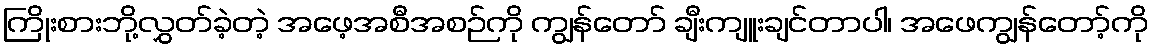
ကြိုးစားဘို့လွှတ်ခဲ့တဲ့ အဖေ့အစီအစဉ်ကို ကျွန်တော် ချီးကျူးချင်တာပါ၊ အဖေကျွန်တော့်ကို